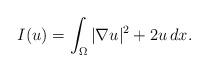
LaTeX: \begin{align*}I(u)=\int_\Omega |\nabla u|^2+2u \, dx.\end{align*}